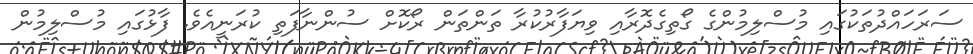
ސަރަހައްދުތަކުގައި މުސްލިމުންގެ ގޯތިގެދޮރާއި ވިޔަފާރުކުރާ ތަންތަން ރޯކޮށް ސުންނާފަތި ކުރަނީއެވެ. ފާޅުގައި މުސްލިމުން